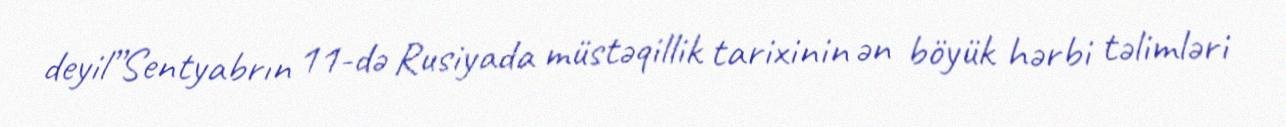
deyil”Sentyabrın 11-də Rusiyada müstəqillik tarixinin ən böyük hərbi təlimləri